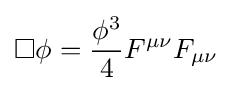
\square \phi ={\frac {\phi ^{3}}{4}}F^{\mu \nu }F_{\mu \nu }